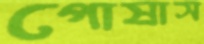
পোষাস